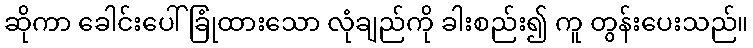
ဆိုကာ ခေါင်းပေါ်ခြုံထားသော လုံချည်ကို ခါးစည်း၍ ကူ တွန်းပေးသည်။